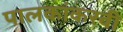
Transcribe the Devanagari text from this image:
पालकांकरवी